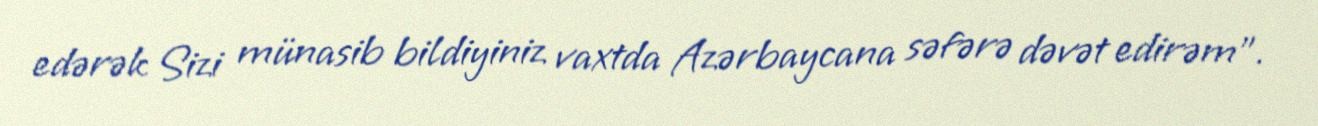
edərək Sizi münasib bildiyiniz vaxtda Azərbaycana səfərə dəvət edirəm".